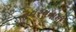
નવરચનાની